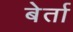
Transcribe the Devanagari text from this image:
बेर्ता